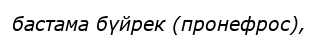
бастама бүйрек (пронефрос),